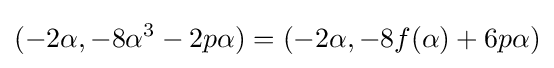
(-2\alpha ,-8\alpha ^{3}-2p\alpha )=(-2\alpha ,-8f(\alpha )+6p\alpha )